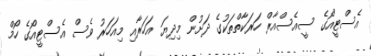
އެސްޓީއޯގެ ސީއެސްއާރް ހަރަކާތްތަކުގެ ދަށުން މިދިޔަ އަހަރާއި މިއަހަރު ވެސް އެސްޓީއޯގެ ހޯމް